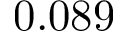
0 . 0 8 9